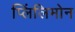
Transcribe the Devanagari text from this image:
प्लिंलिमोन